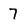
Character: 7